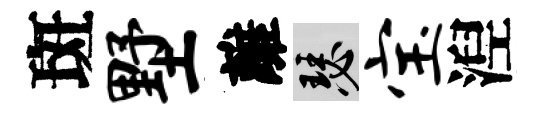
斑墅離瑟宝湼